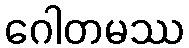
ဂေါတမဿ